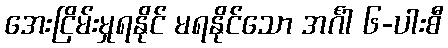
အေးငြိမ်းမှုရနိုင် မရနိုင်သော အင်္ဂါ ၆-ပါးစီ